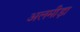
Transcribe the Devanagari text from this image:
अलमीड़ा